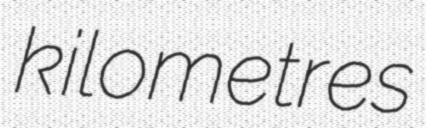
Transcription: kilometres